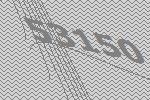
53150